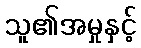
သူ၏အမှုနှင့်